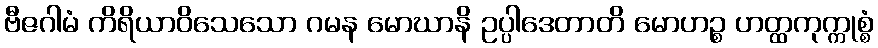
ဗီဇဂါမံ ကိရိယာဝိသေသော ဂမန မောဃာနိ ဥပ္ပါဒေတာတိ မောဟဉ္စ ဟတ္ထကုက္ကုစ္စံ